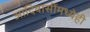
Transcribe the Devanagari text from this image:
आदिवासींमध्येही